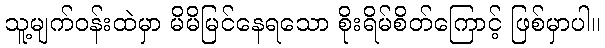
သူ့မျက်ဝန်းထဲမှာ မိမိမြင်နေရသော စိုးရိမ်စိတ်ကြောင့် ဖြစ်မှာပါ။